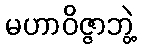
မဟာဝိဇ္ဇာဘွဲ့